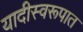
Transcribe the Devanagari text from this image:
यादीस्वरूपात